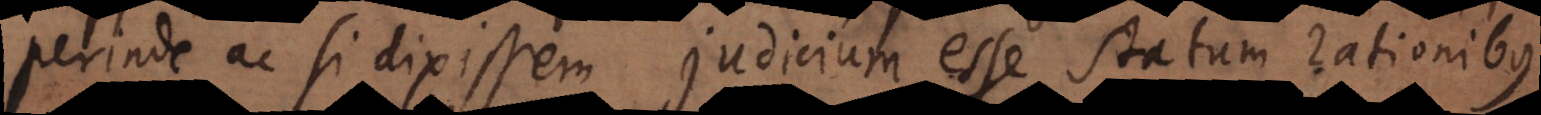
perinde ac si dixissem judicium esse statum rationibus